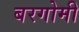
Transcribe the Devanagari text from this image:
बरगोमी